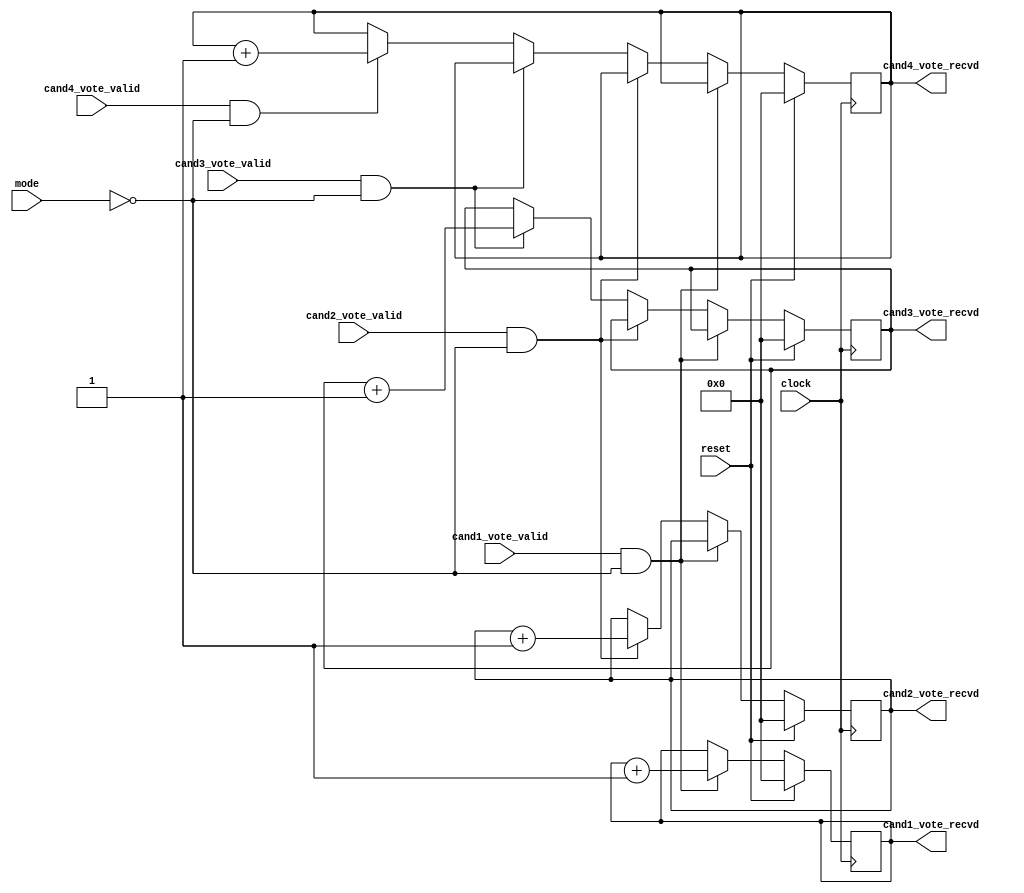
`timescale 1ns / 1ps
//////////////////////////////////////////////////////////////////////////////////
// Company: 
// Engineer: 
// 
// Design Name: 
// Module Name: voteLogger
// Project Name: 
// Target Devices: 
// Tool Versions: 
// Description: 
// 
// Dependencies: 
// 
// Revision:
// Revision 0.01 - File Created
// Additional Comments:
// 
//////////////////////////////////////////////////////////////////////////////////


module voteLogger(
input clock,
input reset,
input mode,
input cand1_vote_valid,
input cand2_vote_valid,
input cand3_vote_valid,
input cand4_vote_valid,
output reg [7:0] cand1_vote_recvd,
output reg [7:0] cand2_vote_recvd,
output reg [7:0] cand3_vote_recvd,
output reg [7:0] cand4_vote_recvd
);


always @(posedge clock)
begin
    if(reset)
    begin
        cand1_vote_recvd <= 0;
        cand2_vote_recvd <= 0;
        cand3_vote_recvd <= 0;
        cand4_vote_recvd <= 0;
    end
    else
    begin
        if(cand1_vote_valid & mode==0)
            cand1_vote_recvd <= cand1_vote_recvd + 1;
        else if(cand2_vote_valid & mode==0)
            cand2_vote_recvd <= cand2_vote_recvd + 1;
        else if(cand3_vote_valid & mode==0)
            cand3_vote_recvd <= cand3_vote_recvd + 1;
        else if(cand4_vote_valid & mode==0)
            cand4_vote_recvd <= cand4_vote_recvd + 1;
    end
end


endmodule